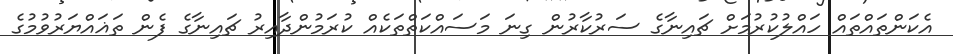
އެކަންތައްތައް ހައްލުކުރުމަށް ޗައިނާގެ ސަރުކާރުން ގިނަ މަސައްކަތްތަކެއް ކުރަމުންދާއިރު ޗައިނާގެ ފެން ތަޣައްޔަރުވުމުގެ